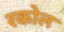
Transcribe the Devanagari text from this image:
रकोल